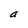
Character: a